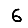
Digit: 6